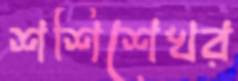
শশিশেখর